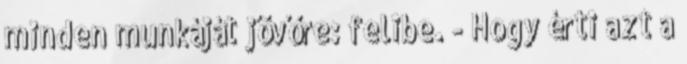
minden munkáját jövőre: felibe. - Hogy érti azt a